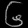
Digit: ၆